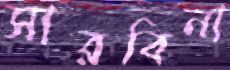
সারবিনা